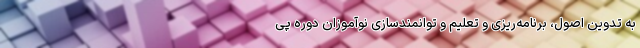
به تدوین اصول، برنامه‌ریزی و تعلیم و توانمندسازی نوآموزان دوره پی